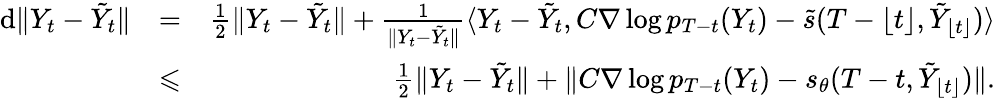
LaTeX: \begin{array}{rlr}{\mathrm{d}\| Y_{t}-\tilde{Y}_{t}\| }&{=}&{\frac{1}{2}\| Y_{t}-\tilde{Y}_{t}\| +\frac{1}{\| Y_{t}-\tilde{Y}_{t}\| }\langle Y_{t}-\tilde{Y}_{t},C\nabla\log p_{T-t}(Y_{t})-\tilde{s}(T-\lfloor t\rfloor,\tilde{Y}_{\lfloor t\rfloor})\rangle}\\ &{\leqslant}&{\frac{1}{2}\| Y_{t}-\tilde{Y}_{t}\| +\| C\nabla\log p_{T-t}(Y_{t})-s_{\theta}(T-t,\tilde{Y}_{\lfloor t\rfloor})\| .}\end{array}